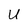
Character: U